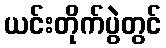
ယင်းတိုက်ပွဲတွင်